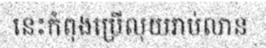
នេះកំពុងប្រើលុយរាប់លាន